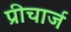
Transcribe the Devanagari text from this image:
प्रीचार्ज